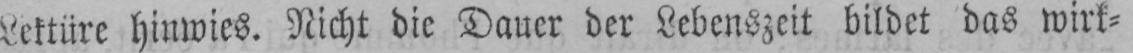
Lektüre hinwies. Nicht die Dauer der Lebenszeit bildet das wirk⸗